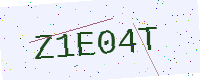
Text: Z1E04T